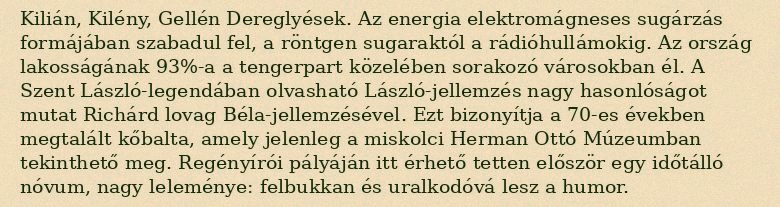
Kilián, Kilény, Gellén Dereglyések. Az energia elektromágneses sugárzás formájában szabadul fel, a röntgen sugaraktól a rádióhullámokig. Az ország lakosságának 93%-a a tengerpart közelében sorakozó városokban él. A Szent László-legendában olvasható László-jellemzés nagy hasonlóságot mutat Richárd lovag Béla-jellemzésével. Ezt bizonyítja a 70-es években megtalált kőbalta, amely jelenleg a miskolci Herman Ottó Múzeumban tekinthető meg. Regényírói pályáján itt érhető tetten először egy időtálló nóvum, nagy leleménye: felbukkan és uralkodóvá lesz a humor.